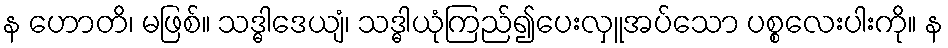
န ဟောတိ၊ မဖြစ်။ သဒ္ဓါဒေယျံ၊ သဒ္ဓါယုံကြည်၍ပေးလှူအပ်သော ပစ္စလေးပါးကို။ န